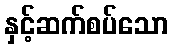
နှင့်ဆက်စပ်သော